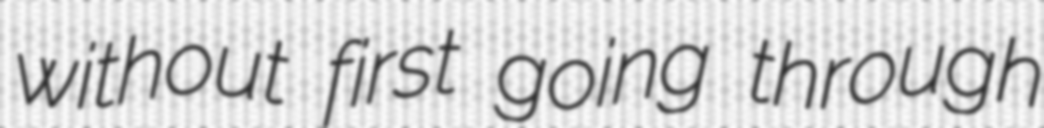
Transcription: without first going through